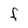
Character: F